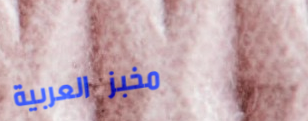
مخبز العربية